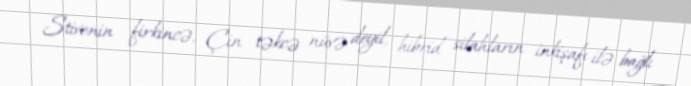
Stivenin firkincə, Çin təkcə nüvə deyil, hibrid silahların inkişafı ilə bağlı